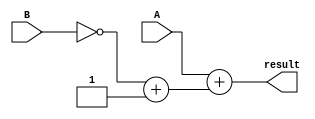
module subtractor(
    input [7:0] A,
    input [7:0] B,
    output reg [7:0] result
);

reg [7:0] twos_complement_B;

// Twos complement module
always @(*) begin
    twos_complement_B = (~B) + 1;
end

// Adder module
always @(*) begin
    result = A + twos_complement_B;
end

endmodule